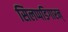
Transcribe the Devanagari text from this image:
सिलप्पडिगारन्